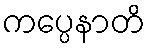
ကပ္ပေနာတိ